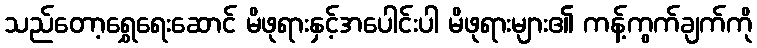
သည်တော့ရွှေရေးဆောင် မိဖုရားနှင့်အပေါင်းပါ မိဖုရားများ၏ ကန့်ကွက်ချက်ကို